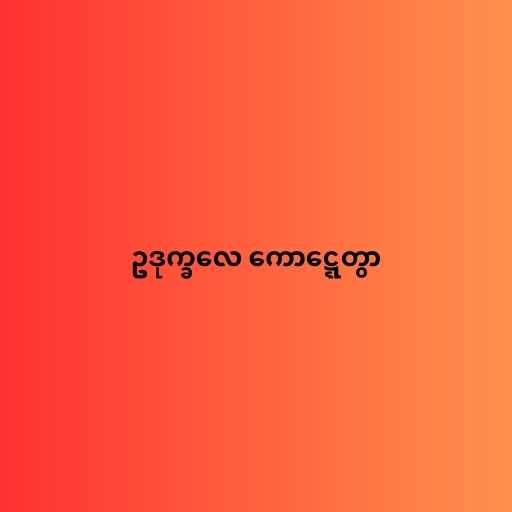
ဥဒုက္ခလေ ကောဋ္ဋေတွာ